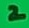
Text: 2